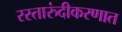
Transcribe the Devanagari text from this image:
रस्तारुंदीकरणात